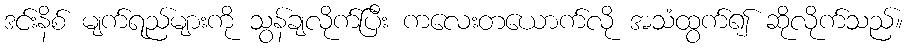
ဒင်းနိစ် မျက်ရည်များကို သွန်ချလိုက်ပြီး ကလေးတယောက်လို အသံထွက်၍ ဆိုလိုက်သည်။